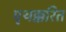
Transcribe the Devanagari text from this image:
पृथक्करित